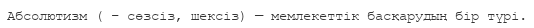
Абсолютизм ( – сөзсіз, шексіз) — мемлекеттік басқарудың бір түрі.